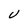
Character: V